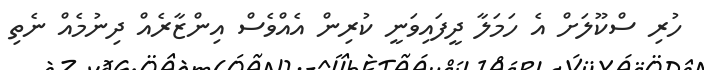
ހުރި ސްކޫލަށް އެ ހަމަލާ ދީފައިވަނީ ކުރިން އެއްވެސް އިންޒާރެއް ދިނުމެއް ނެތި